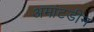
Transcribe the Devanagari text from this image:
अमांटडीन